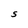
Character: S